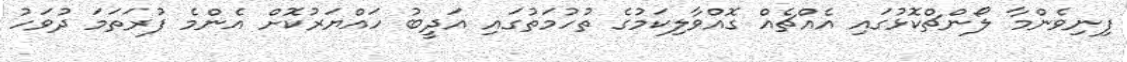
ފިނިވެންމާ ލޯންޗްކޮޅުގައި އެއްޗެއް ގޮއްވާލިކަމުގެ ތުހުމަތުގައި އަދީބު ހައްޔަރުކޮށް އެންމެ ފުރަތަމަ ދުވަހު